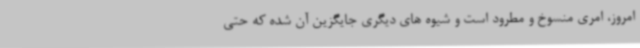
امروز، امری منسوخ و مطرود است و شیوه های دیگری جایگزین آن شده که حتی